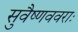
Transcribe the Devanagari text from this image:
सुवैष्णववराः